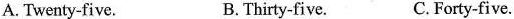
A. Twenty-five. B.Thirty-five. C.Forty-five.